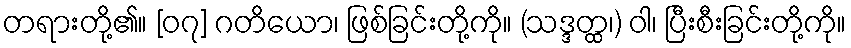
တရားတို့၏။ [၀၇] ဂတိယော၊ ဖြစ်ခြင်းတို့ကို။ (သဒ္ဒတ္ထ၊) ဝါ၊ ပြီးစီးခြင်းတို့ကို။